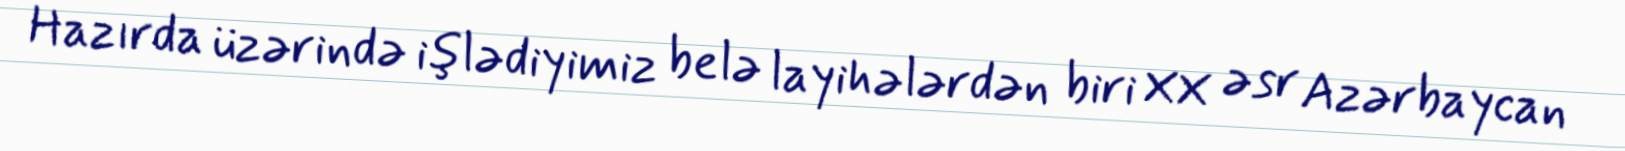
Hazırda üzərində işlədiyimiz belə layihələrdən biri XX əsr Azərbaycan